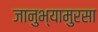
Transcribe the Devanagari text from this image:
जानुभ्यामुरसा